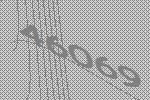
46069